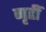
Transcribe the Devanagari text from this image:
गृहीं